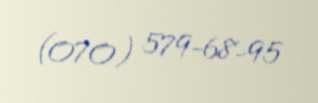
(070) 579-68-95